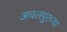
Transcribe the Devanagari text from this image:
अचलपूरच्या